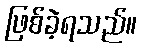
ဖြစ်ခဲ့ရသည်။